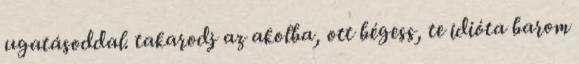
ugatásoddal. takarodj az akolba, ott bégess, te idióta barom